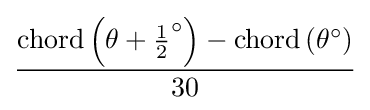
{\frac {\operatorname {chord} \left(\theta +{\tfrac {1}{2}}^{\circ }\right)-\operatorname {chord} \left(\theta ^{\circ }\right)}{30}}